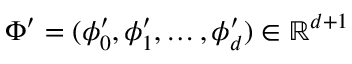
\Phi ^ { \prime } = ( \phi _ { 0 } ^ { \prime } , \phi _ { 1 } ^ { \prime } , \ldots , \phi _ { d } ^ { \prime } ) \in \mathbb { R } ^ { d + 1 }